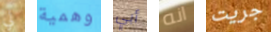
لي وهمية أبي انه جريت